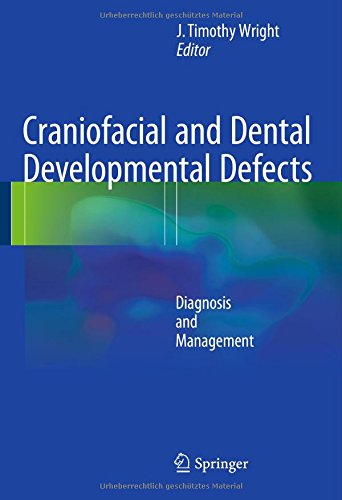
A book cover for Craniofacial and Dental Developmental Defects: Diagnosis and Management; Medical Books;